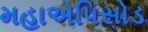
મહાએપિસોડ